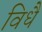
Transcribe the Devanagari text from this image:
विधै